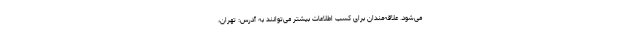
می‌شود. علاقه‌مندان برای کسب اطلاعات بیشتر می‌توانند به آدرس: تهران،